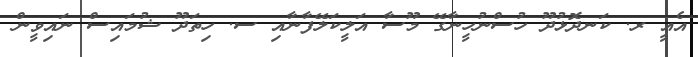
އެއީ ރ. ކަނދޮޅުދޫ ހުސްނުހީނާގޭ މޫސާ އަލީކަލޭފާނާއި ސ. ހިތަދޫ ޝުމައިސް ނައިވީން